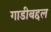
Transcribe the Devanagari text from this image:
गाडीबद्दल